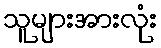
သူများအားလုံး